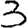
Digit: 3